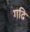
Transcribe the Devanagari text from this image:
गढि